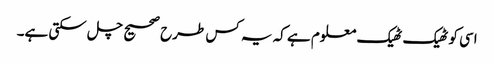
اسی کو ٹھیک ٹھیک معلوم ہے کہ یہ کس طرح صحیح چل سکتی ہے۔